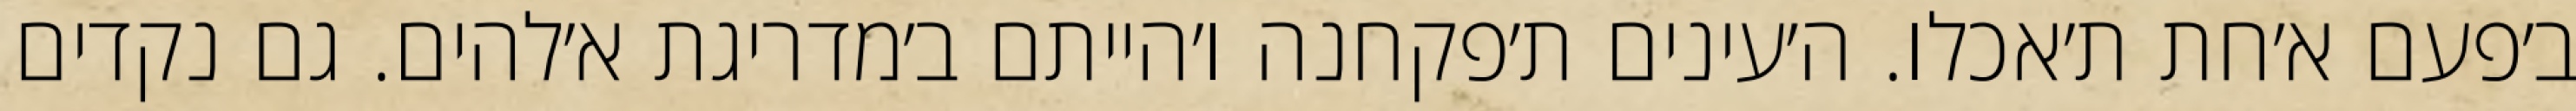
ב׳פעם א׳חת ת׳אכלו. ה׳עינים ת׳פקחנה ו׳הייתם ב׳מדריגת א׳להים. גם נקדים